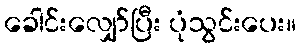
ခေါင်းလျှော်ပြီး ပုံသွင်းပေး။